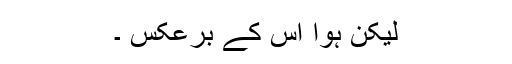
لیکن ہوا اس کے برعکس ۔